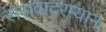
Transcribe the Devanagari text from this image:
सरावादरम्यान